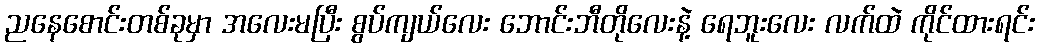
ညနေစောင်းတစ်ခုမှာ အလေးမပြီး စွပ်ကျယ်လေး ဘောင်းဘီတိုလေးနဲ့ ရေဘူးလေး လက်ထဲ ကိုင်ထားရင်း